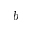
\boldsymbol { b }